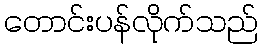
တောင်းပန်လိုက်သည်